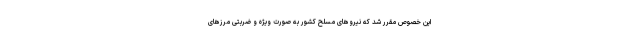
این خصوص مقرر شد که نیروهای مسلح کشور به صورت ویژه و ضربتی مرزهای